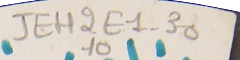
JEH2E1-3010